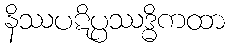
နိဿပဋိပ္ပဿဒ္ဓိကထာ